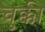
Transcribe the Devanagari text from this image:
चुक्की